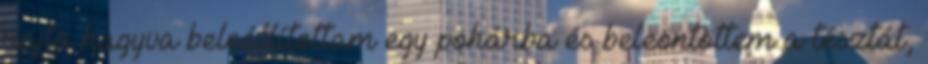
rajta hagyva beleállítottam egy pohárba és beleöntöttem a tésztát,